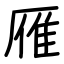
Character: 雁